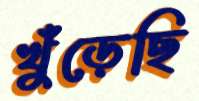
খুঁড়েছি